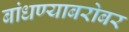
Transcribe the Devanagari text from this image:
बांधण्याबरोबर